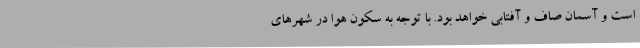
است و آسمان صاف و آفتابی خواهد بود. با توجه به سکون هوا در شهرهای